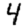
Digit: 4